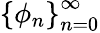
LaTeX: \left\{ \phi_{n}\right\} _{n=0}^{\infty}